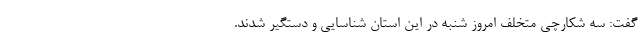
گفت: سه شکارچی متخلف امروز شنبه در این استان شناسایی و دستگیر شدند.